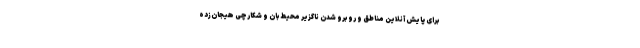
برای پایش آنلاین مناطق و روبرو شدن ناگزیر محیط‌بان و شکارچی هیجان‌زده